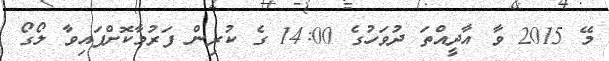
މޭ 2015 ވާ އާދީއްތަ ދުވަހުގެ 14:00 ގެ ކުރިން ފަރުމާކޮށްފައިވާ ލޯގޯ